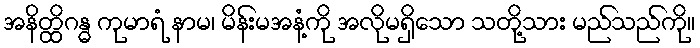
အနိတ္ထိဂန္ဓ ကုမာရံ နာမ၊ မိန်းမအနံ့ကို အလိုမရှိသော သတို့သား မည်သည်ကို။